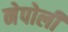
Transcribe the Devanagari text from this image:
नेपोली